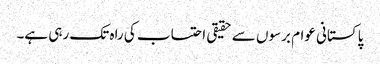
پاکستانی عوام برسوں سے حقیقی احتساب کی راہ تک رہی ہے۔